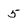
Character: 5